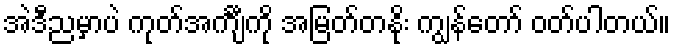
အဲဒီညမှာပဲ ကုတ်အင်္ကျီကို အမြတ်တနိုး ကျွန်တော် ဝတ်ပါတယ်။